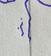
Signature authenticity: genuine